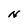
Character: N